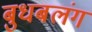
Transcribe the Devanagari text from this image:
बुधबलंग